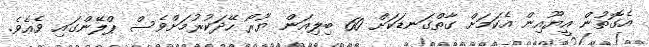
އެގޮތުން އީޔޫއިން އެކަމަށް ގާތްގަނޑަކަށް 60 ބިލިއަން ޔޫރޯ ހޭދަކުރުމަށްވެސް ޕްލޭންގައި ވެއެވެ.